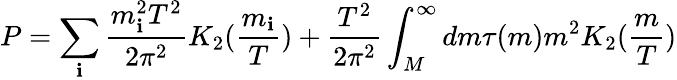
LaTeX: P=\sum_{\mathbf{i}}{\frac{{m_{\mathbf{i}}^{2}T^{2}}}{{2\pi^{2}}}}K_{2}({\frac{{m_{\mathbf{i}}}}{{T}}})+{\frac{{T^{2}}}{{2\pi^{2}}}}\int_{M}^{\infty}dm\tau(m)m^{2}K_{2}({\frac{{m}}{{T}}})